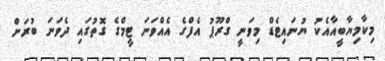
މިކާމިޔާބީއާއެކު ޔުނައިޓެޑް މިވަނީ ގްރޫޕު އެފްގެ އެއްވަނަ ޓީމްގެ ގޮތުގައި ދެވަނަ ބުރަށް